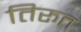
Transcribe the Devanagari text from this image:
तिरूत